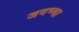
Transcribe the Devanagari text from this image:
जगण्या